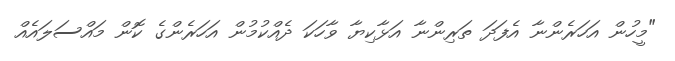
"މީހުން އަހަރެންނާ އެފަދަ ތަރިންނާ އަޅާކިޔާ ވާހަކަ ދެއްކުމުން އަހަރެންގެ ކޮން މައްސަލައެއް